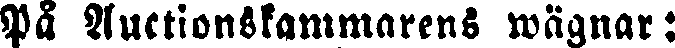
På Auktionskammarens wägnar: